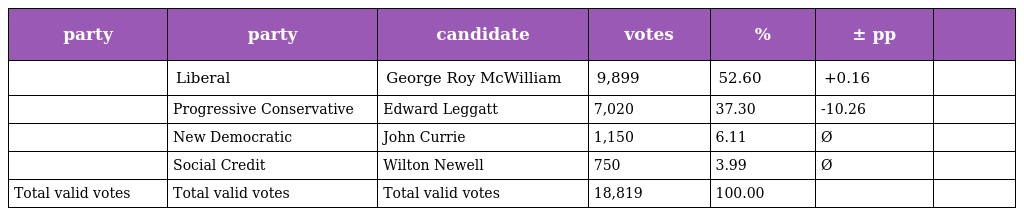
| party | party | candidate | votes | % | ± pp |  |
 | --- | --- | --- | --- | --- | --- | --- |
 |  | Liberal | George Roy McWilliam | 9,899 | 52.60 | +0.16 |  |
 |  | Progressive Conservative | Edward Leggatt | 7,020 | 37.30 | -10.26 |  |
 |  | New Democratic | John Currie | 1,150 | 6.11 | Ø |  |
 |  | Social Credit | Wilton Newell | 750 | 3.99 | Ø |  |
 | Total valid votes | Total valid votes | Total valid votes | 18,819 | 100.00 |  |  |